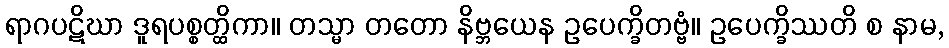
ရာဂပဋိဃာ ဒူရပစ္စတ္ထိကာ။ တသ္မာ တတော နိဗ္ဘယေန ဥပေက္ခိတဗ္ဗံ။ ဥပေက္ခိဿတိ စ နာမ,